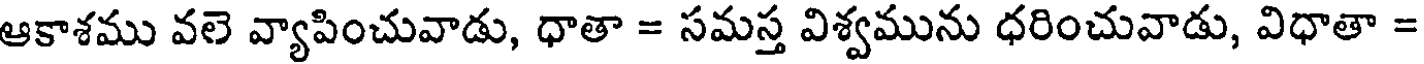
ఆకాశము వలె వ్యాపించువాడు, ధాతా = సమస్త విశ్వమును ధరించువాడు, విధాతా =